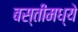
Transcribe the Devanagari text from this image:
बस्तीमध्ये